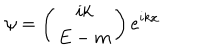
\psi = \left( \begin{array} { c } { { i k } } \\ { { E - m } } \\ \end{array} \right) e ^ { i k x }